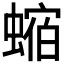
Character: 𧎧